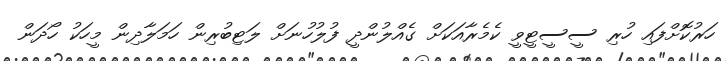
ހަރުކޮށްފައި ހުރި ސީސީޓީވީ ކެމެރާއަކަށް ގެއްލުންދީ ފުލުހުނަށް ލަޓިބުރިން ހަމަލާދިން މީހަކު ހޯދަން